Mental hospitals Bombay report 1929-33 - 1929-1933
Year: 1929
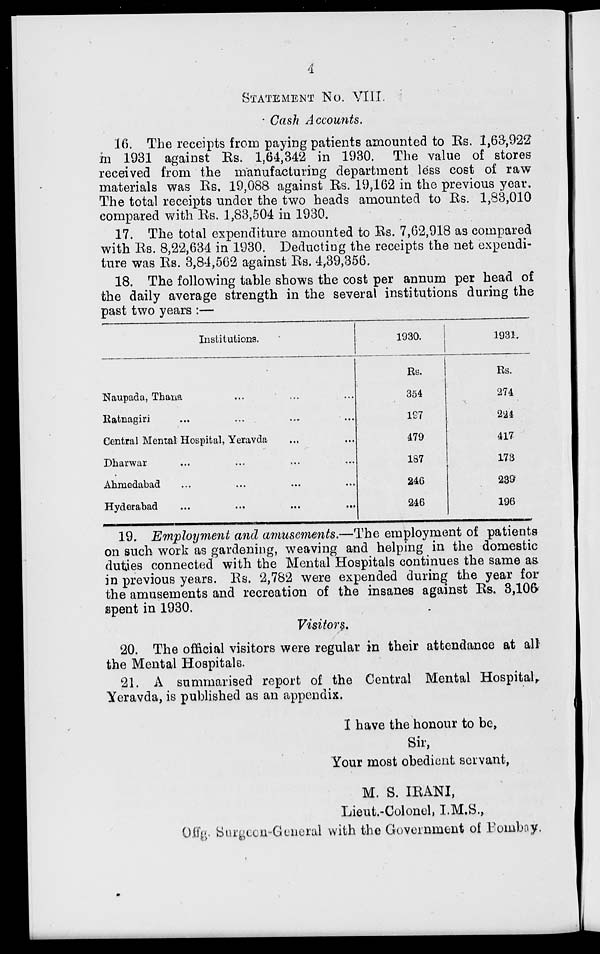
4
STATEMENT NO. VIII.
Cash Accounts.
16. The receipts from paying patients amounted to Rs. 1,63,922
m 1931 against Rs. 1,64,342 in 1930. The value of stores
received from the manufacturing department less cost of raw
materials was Rs. 19,088 against Rs. 19,162 in the previous year.
The total receipts under the two heads amounted to Rs. 1,83,010
compared with Rs. 1,83,504 in 1930.
17. The total expenditure amounted to Rs. 7,62,918 as compared
with Rs. 8,22,634 in 1930. Deducting the receipts the net expendi-
ture was Rs. 3,84,562 against Rs. 4,39,356.
18. The following table shows the cost per annum per head of
the daily average strength in the several institutions during the
past two years :—
Institutions.
Naupada, Thana ... ... ...
Ratnagiri ... ... ... ...
Central Mental Hospital, Yeravda ... ...
Dharwar ... ... ... ...
Ahmedabad ... ... ... ...
Hyderabad ... ... ... ...
1930.
Rs.
354
197
479
187
246
246
1931.
Rs.
274
224
417
173
239
196
19. Employment and amusements.—The employment of patients
on such work as gardening, weaving and helping in the domestic
duties connected with the Mental Hospitals continues the same as
in previous years. Rs. 2,782 were expended during the year for
the amusements and recreation of the insanes against Rs. 3,106
spent in 1930.
Visitors.
20. The official visitors were regular in their attendance at all
the Mental Hospitals.
21. A summarised report of the Central Mental Hospital
Yeravda, is published as an appendix.
I have the honour to be,
Sir,
Your most obedient servant,
M. S. IRANI,
Lieut.-Colonel, I.M.S.,
Offg. Surgeon-General with the Government of Bombay.